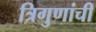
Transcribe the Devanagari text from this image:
त्रिगुणांची